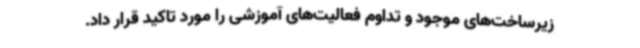
زیرساخت‌های موجود و تداوم فعالیت‌های آموزشی را مورد تاکید قرار داد.